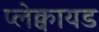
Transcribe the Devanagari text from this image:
प्लेक्वायड